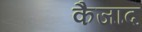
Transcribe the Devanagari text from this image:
कैजाद